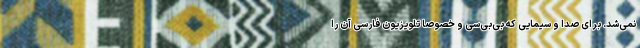
نمی‌شد. برای صدا و سیمایی که بی‌بی‌سی و خصوصاً تلویزیون فارسی آن را